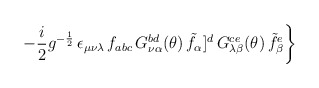
\begin{align*}\left. -\frac{i}{2} g^{-\frac{1}{2}} \, \epsilon_{\mu\nu\lambda}\, f_{abc}\, G_{\nu\alpha}^{bd}(\theta)\,{\tilde f}_\alpha]^d\, G_{\lambda\beta}^{ce}(\theta) \, {\tilde f}_\beta^e \right\}\end{align*}